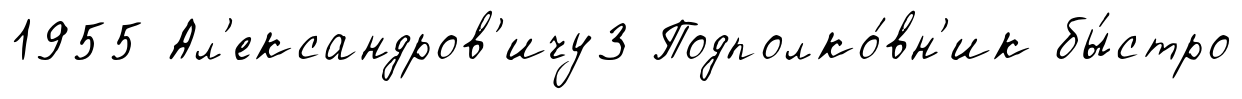
1955 Ал'ександров'ичу3 Подполко́вн'ик бы́стро